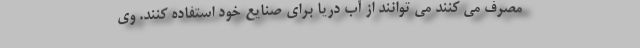
مصرف می کنند می توانند از آب دریا برای صنایع خود استفاده کنند. وی